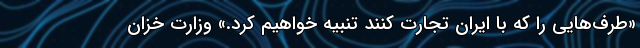
«طرف‌هایی را که با ایران تجارت کنند تنبیه خواهیم کرد.» وزارت خزان